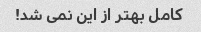
کامل بهتر از این نمی شد!